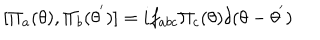
[ { \Pi } _ { a } ( { \theta } ) , { \Pi } _ { b } ( { \theta } ^ { ' } ) ] = i f _ { a b c } { \Pi } _ { c } ( { \theta } ) { \delta } ( \theta - { \theta } ^ { ' } )